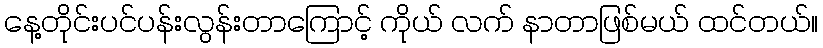
နေ့တိုင်းပင်ပန်းလွန်းတာကြောင့် ကိုယ် လက် နာတာဖြစ်မယ် ထင်တယ်။